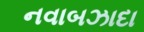
નવાબઝાદા